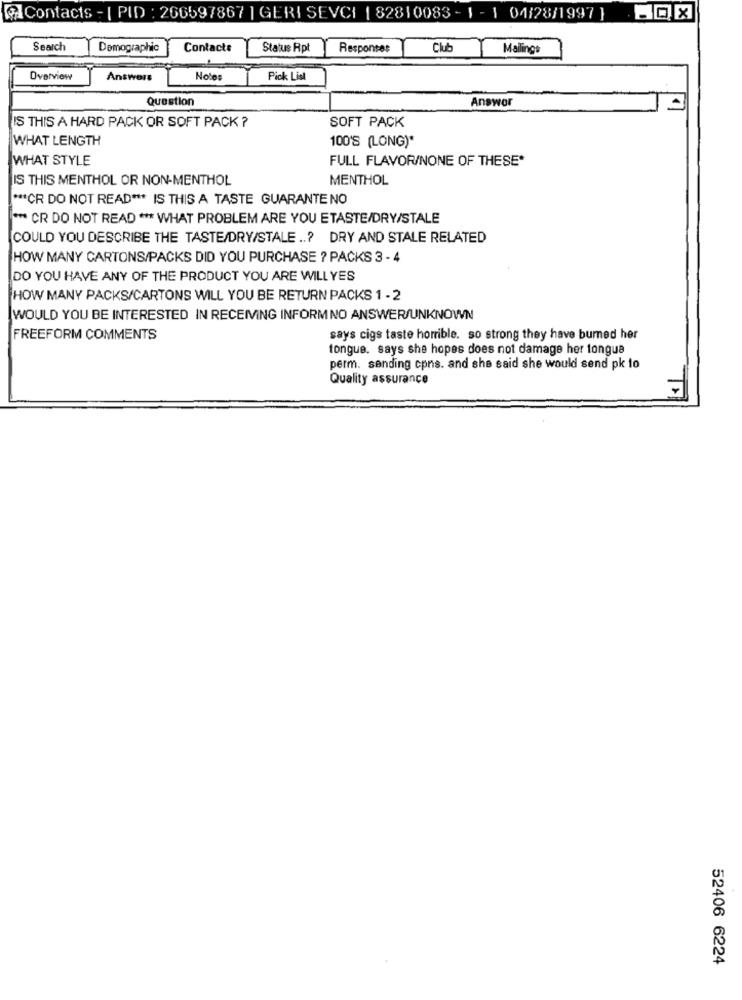
Contacts - | PID : 266597867 | GERI SEVCI | 82810083 - 1 - 1 04/28/1997 } BOX
Search
Demographic
Contacte
Status Rpt
Responses
Club
Malings
Overview
Answers
Notes
Pick List
Question
Answer
IS THIS A HARD PACK OR SOFT PACK ?
SOFT PACK
WHAT LENGTH
100'S (LONG)*
WHAT STYLE
FULL FLAVORINONE OF THESE*
IS THIS MENTHOL OR NON-MENTHOL
MENTHOL
*** CR DO NOT READ *** IS THIS A TASTE GUARANTE NO
*** CR DO NOT READ *** WHAT PROBLEM ARE YOU ETASTE/DRY/STALE
COULD YOU DESCRIBE THE TASTE/DRY/STALE ..? DRY AND STALE RELATED
HOW MANY CARTONS/PACKS DID YOU PURCHASE ? PACKS 3 - 4
DO YOU HAVE ANY OF THE PRODUCT YOU ARE WILL YES
HOW MANY PACKS/CARTONS WILL YOU BE RETURN PACKS 1 - 2
WOULD YOU BE INTERESTED IN RECEMNG INFORMNO ANSWER/UNKNOWN
FREEFORM COMMENTS
says cigs taste horrible. so strong they have bummed her
tongue. says she hopes does not damage her tongue
perm. sending cpns. and she said she would send pk to
Quality assurance
52406 6224